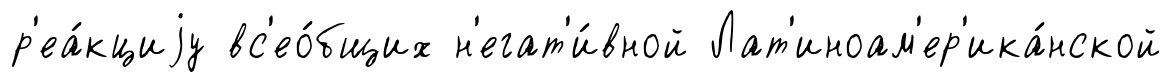
р'еа́кциjу вс'ео́бщих н'егат'и́вной Лат'иноам'ер'ика́нской